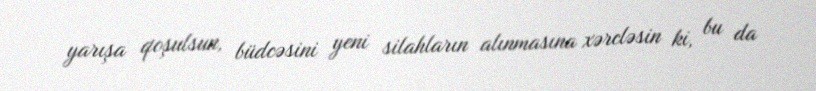
yarışa qoşulsun, büdcəsini yeni silahların alınmasına xərcləsin ki, bu da